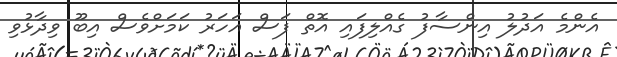
އެންމެ އަދުލު އިންސާފު ގެއްލިފައި އޮތް ފަސް އަަހަރު ކަމަށްވެސް އިބޫ ވިދާޅުވި